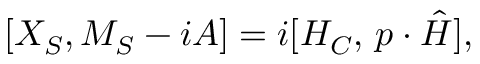
[ X _ { S } , M _ { S } - i { \cal A } ] = i [ { \cal H } _ { C } , \, p \cdot \hat { H } ] ,